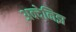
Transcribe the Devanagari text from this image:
अक्देनिझ